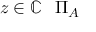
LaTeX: z \in \mathbb { C } \setminus \Pi _ { A }